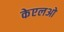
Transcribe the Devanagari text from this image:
केएलओ